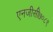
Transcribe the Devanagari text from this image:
एनजीसी७०८९